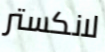
لانكستر